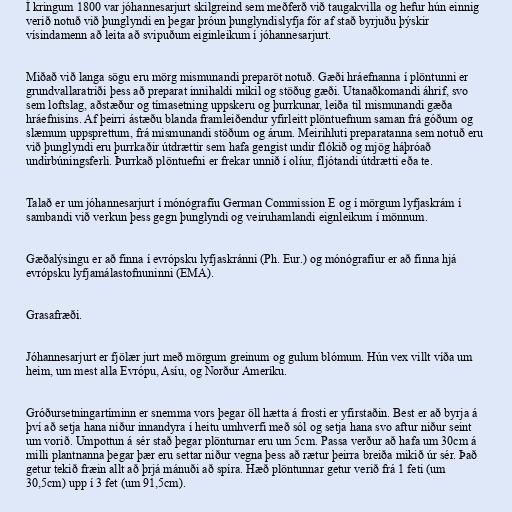
Í kringum 1800 var jóhannesarjurt skilgreind sem meðferð við taugakvilla og hefur hún einnig
verið notuð við þunglyndi en þegar þróun þunglyndislyfja fór af stað byrjuðu þýskir
vísindamenn að leita að svipuðum eiginleikum í jóhannesarjurt.

Miðað við langa sögu eru mörg mismunandi preparöt notuð. Gæði hráefnanna í plöntunni er
grundvallaratriði þess að preparat innihaldi mikil og stöðug gæði. Utanaðkomandi áhrif, svo
sem loftslag, aðstæður og tímasetning uppskeru og þurrkunar, leiða til mismunandi gæða
hráefnisins. Af þeirri ástæðu blanda framleiðendur yfirleitt plöntuefnum saman frá góðum og
slæmum uppsprettum, frá mismunandi stöðum og árum. Meirihluti preparatanna sem notuð eru
við þunglyndi eru þurrkaðir útdrættir sem hafa gengist undir flókið og mjög háþróað
undirbúningsferli. Þurrkað plöntuefni er frekar unnið í olíur, fljótandi útdrætti eða te.

Talað er um jóhannesarjurt í mónógrafíu German Commission E og í mörgum lyfjaskrám í
sambandi við verkun þess gegn þunglyndi og veiruhamlandi eignleikum í mönnum.

Gæðalýsingu er að finna í evrópsku lyfjaskránni (Ph. Eur.) og mónógrafíur er að finna hjá
evrópsku lyfjamálastofnuninni (EMA).

Grasafræði.

Jóhannesarjurt er fjölær jurt með mörgum greinum og gulum blómum. Hún vex villt víða um
heim, um mest alla Evrópu, Asíu, og Norður Ameríku.

Gróðursetningartíminn er snemma vors þegar öll hætta á frosti er yfirstaðin. Best er að byrja á
því að setja hana niður innandyra í heitu umhverfi með sól og setja hana svo aftur niður seint
um vorið. Umpottun á sér stað þegar plönturnar eru um 5cm. Passa verður að hafa um 30cm á
milli plantnanna þegar þær eru settar niður vegna þess að rætur þeirra breiða mikið úr sér. Það
getur tekið fræin allt að þrjá mánuði að spíra. Hæð plöntunnar getur verið frá 1 feti (um
30,5cm) upp í 3 fet (um 91,5cm).